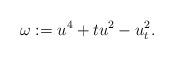
LaTeX: \begin{gather*}\omega:= u^4 + tu^2 - u_t^{2}.\end{gather*}